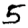
Digit: 5